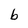
Character: b